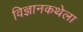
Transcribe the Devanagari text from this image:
विज्ञानकथेला